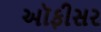
અૉફીસર